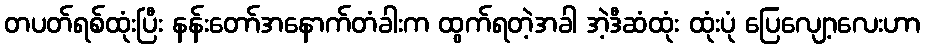
တပတ်ရစ်ထုံးပြီး နန်းတော်အနောက်တံခါးက ထွက်ရတဲ့အခါ အဲ့ဒီဆံထုံး ထုံးပုံ ပြေလျော့လေးဟာ